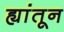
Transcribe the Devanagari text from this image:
ह्यांतून